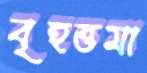
বৃহত্তমা